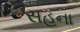
સહના